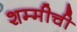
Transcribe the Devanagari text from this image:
शम्मीची